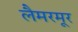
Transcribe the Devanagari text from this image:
लैमरमूर